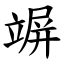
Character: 竮